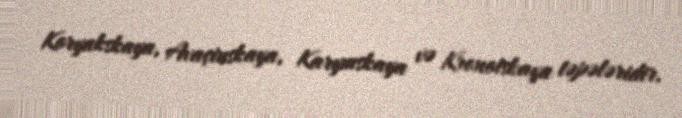
Koryakskaya, Avaçinskaya, Karymskaya və Kronotskaya təpələridir.